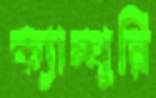
ক্যাম্পুরি